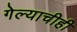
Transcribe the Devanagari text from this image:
गेल्याचीही